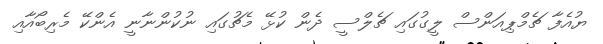
ޔުއެފާ ޗެމްޕިއަންސް ލީގުގައި ޗެލްސީ ދެން ކުޅޭ މެޗުގައި ނުކުންނާނީ އެންކޭ މެރިބޯއާއި